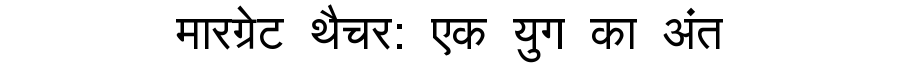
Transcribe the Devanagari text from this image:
मारग्रेट थैचर: एक युग का अंत